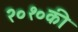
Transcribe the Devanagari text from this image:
२०१०की